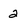
Character: 2